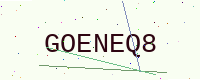
Text: GOENEQ8